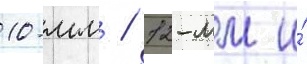
10-мм / 12-мм и́